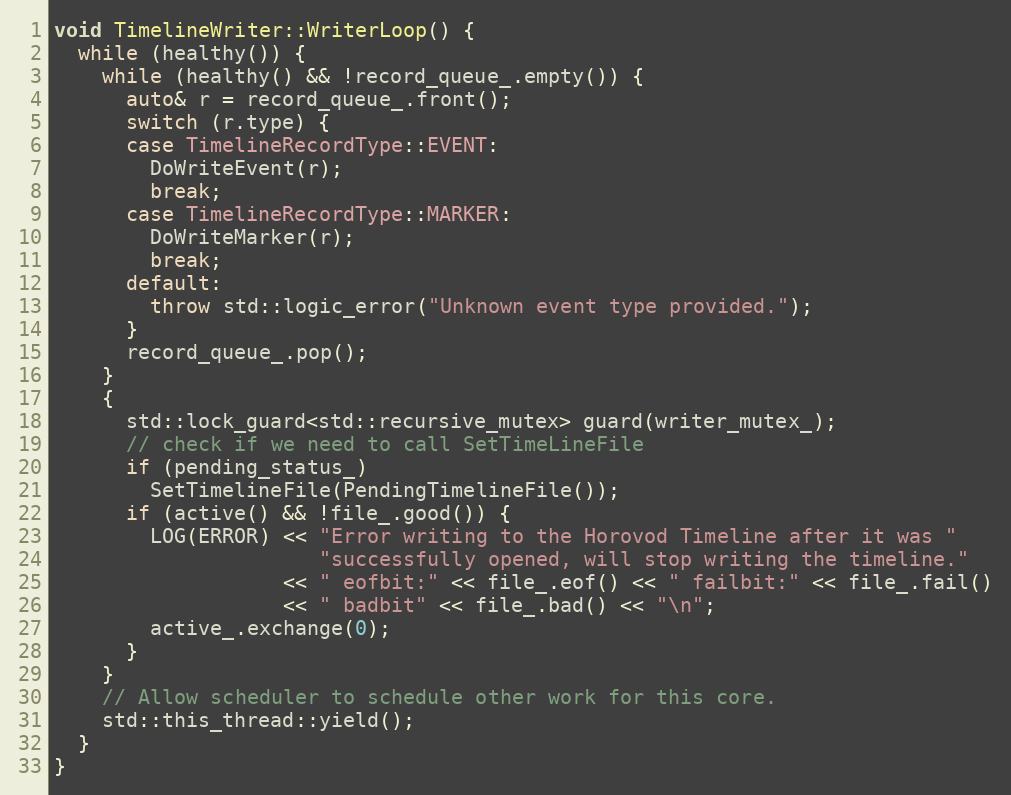
Language: C++
void TimelineWriter::WriterLoop() {
  while (healthy()) {
    while (healthy() && !record_queue_.empty()) {
      auto& r = record_queue_.front();
      switch (r.type) {
      case TimelineRecordType::EVENT:
        DoWriteEvent(r);
        break;
      case TimelineRecordType::MARKER:
        DoWriteMarker(r);
        break;
      default:
        throw std::logic_error("Unknown event type provided.");
      }
      record_queue_.pop();
    }
    {
      std::lock_guard<std::recursive_mutex> guard(writer_mutex_);
      // check if we need to call SetTimeLineFile
      if (pending_status_)
        SetTimelineFile(PendingTimelineFile());
      if (active() && !file_.good()) {
        LOG(ERROR) << "Error writing to the Horovod Timeline after it was "
                      "successfully opened, will stop writing the timeline."
                   << " eofbit:" << file_.eof() << " failbit:" << file_.fail()
                   << " badbit" << file_.bad() << "\n";
        active_.exchange(0);
      }
    }
    // Allow scheduler to schedule other work for this core.
    std::this_thread::yield();
  }
}